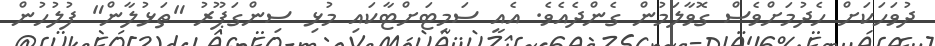
ދުވަހަކަށް ހެދުމަށްވެސް ގޮވާލަމުން ގެންދެއެވެ. އެއީ ސަމިޓަށްޓާކައި މުޅި ސިންގަޕޫރު "ތަޅުލާން" ފުލުހުން